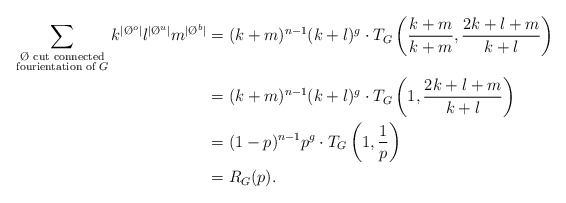
\begin{align*}\sum_{\substack{\textrm{$\O$ cut connected}\\\textrm{fourientation of $G$}} } k^{|\O^o|}l^{|\O^u|}m^{|\O^b|} &= (k+m)^{n-1}(k+l)^g\cdot T_G\left(\frac {k + m}{k+m},\frac{2 k + l + m}{k+l}\right)\\&= (k+m)^{n-1}(k+l)^g\cdot T_G\left(1,\frac{2k + l + m}{k+l}\right) \\&= (1-p)^{n-1}p^g\cdot T_G\left(1,\frac{1}{p}\right) \\&= R_G(p).\end{align*}